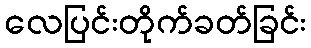
လေပြင်းတိုက်ခတ်ခြင်း